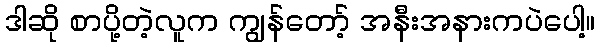
ဒါဆို စာပို့တဲ့လူက ကျွန်တော့် အနီးအနားကပဲပေါ့။